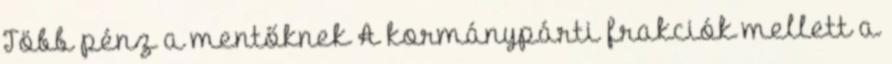
Több pénz a mentőknek A kormánypárti frakciók mellett a